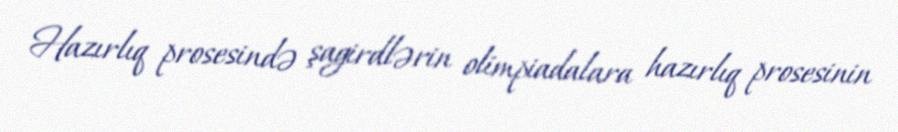
Hazırlıq prosesində şagirdlərin olimpiadalara hazırlıq prosesinin